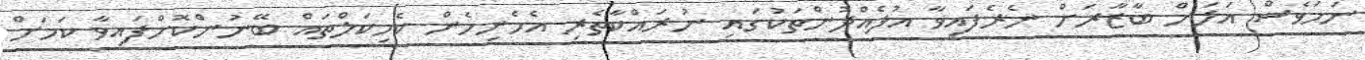
ނަމަވެސް އަލަށް ބާޒާރަށް ނެރެފައިވާ އުފެއްދުންތަކުގައި ނުރައްކާތެރި އެހެނިހެން ކެމިކަލްތައް ބޭނުންކޮށްފައިވާ ކަމަށް